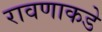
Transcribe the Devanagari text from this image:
रावणाकडे